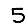
Digit: 5